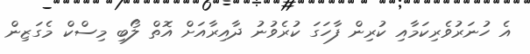
އެ ހުނަރުވެރިކަމާއި ކުރިން ފާހަގަ ކުރެވުނު ދާއިރާއަށް އޮތް ލޯބި މިސްކް މެގަޒިން